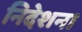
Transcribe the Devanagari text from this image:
निदेशन।